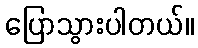
ပြောသွားပါတယ်။